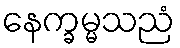
နေက္ခမ္မသညံ